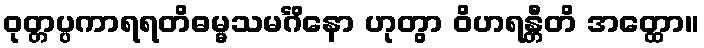
ဝုတ္တပ္ပကာရရတိဓမ္မသမင်္ဂိနော ဟုတွာ ဝိဟရန္တီတိ အတ္ထော။